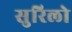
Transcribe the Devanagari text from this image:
सुरिलो